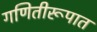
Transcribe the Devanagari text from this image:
गणितीरूपात